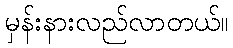
မှန်းနားလည်လာတယ်။